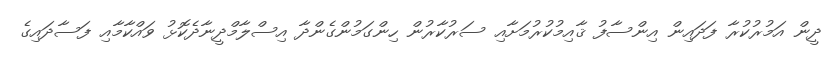
ދީން އަމުރުކުރާ ފަދައިން އިންސާފު ޤާއިމުކުރުމަށާއި ސަރުކާރުން ހިންގަމުންގެންދާ އިސްލާމްދީނާދެކޮޅު ވައްކާމާއި ފަސާދައިގެ